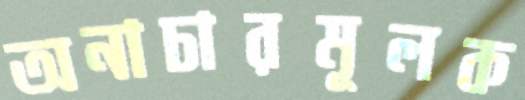
অনাচারমূলক